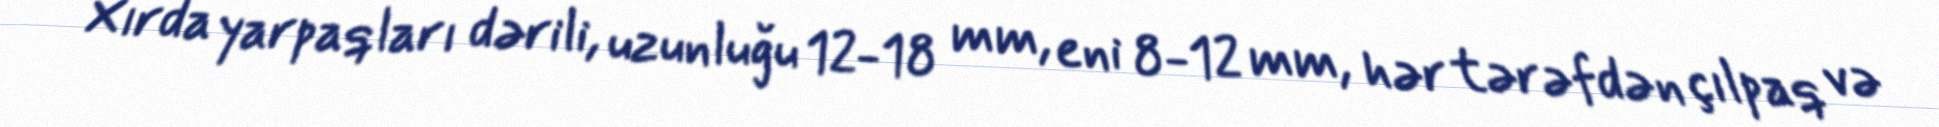
Xırda yarpaqları dərili, uzunluğu 12-18 mm, eni 8-12 mm, hər tərəfdən çılpaq və